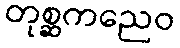
တုစ္ဆကညေဝ